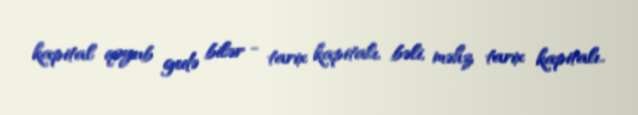
kapital qoyub gedə bilər - tarix kapitalı, bəli, məhz tarix kapitalı..